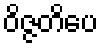
ဝိဇ္ဇတိပေ